Burma Government Medical School reports 1907-22
Year: 1907
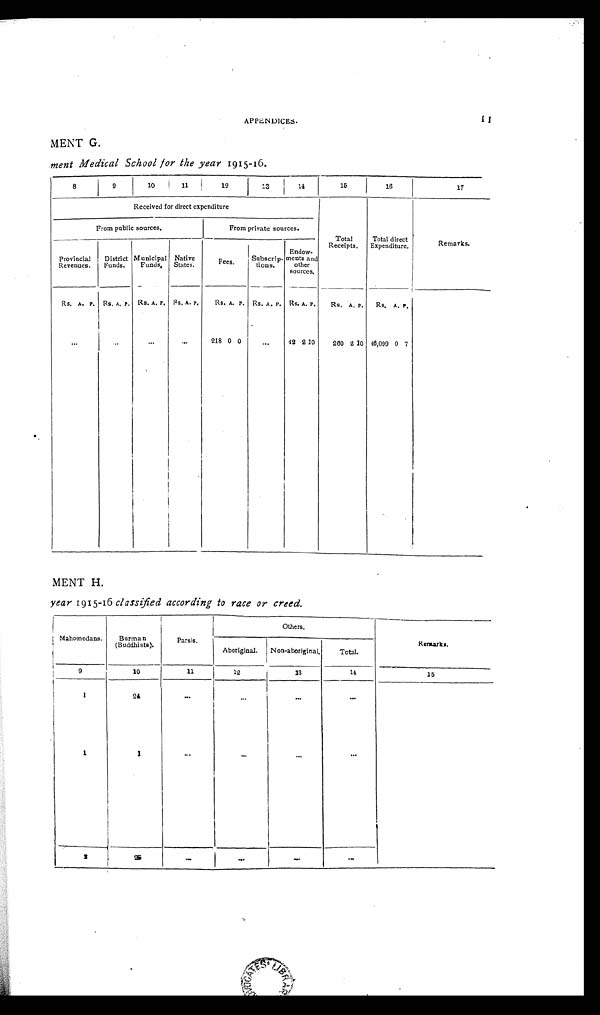
APPENDICES.
11
MENT G.
ment Medical School for the year 1915-16.
8
9
10
11
12
13
1 4
15
16
17
Received for direct expenditure
Total
Receipts.
Total direct
Expenditure.
Remarks.
Fr om publ i c sour ces.
From private sources.
Provincial
Revenues.
District
Funds.
Municipal
Funds.
Native
States.
F e e s .
S u b s c r i p - t i o n s .
Endow-
ments and
other
Sources.
Rs. A. P. Rs. A. P. R s . A . P .
Rs . A. P.
Rs. A. P. Rs. A. P. Rs. A. P. Rs. A. P. Rs. A. P.
. . .
. . .
. . .
. . .
218 0 0
. . . 42 2 10 260 2 1 0 46,099 0 7
MENT H.
year 1915-16 classified according to race or creed.
Mahomedans. Burman
(Buddhists).
P a r s i s .
O t h e r s .
Remarks.
Aboriginal. Non-aboriginal.
Total.
9
10
11
12
13
14
15
1
2 4
. . .
. . .
. . .
. . .
1
1
...
...
...
...
2
2 5
. . .
...
. . .
. . .